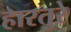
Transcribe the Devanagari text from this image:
हारतुरे